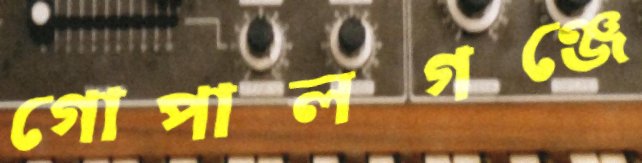
গোপালগঞ্জে